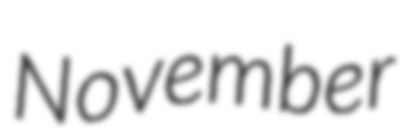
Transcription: November